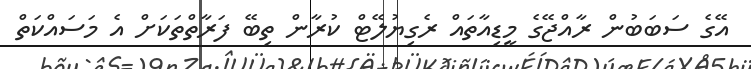
އޭގެ ސަބަބުން ރާއްޖޭގެ މީޑިއާތައް ރެގިޔުލޭޓް ކުރާން ތިބޭ ފަރާތްތަކަށް އެ މަސައްކަތް